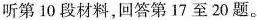
听第 10 段材料,回答第17 至 20 题。